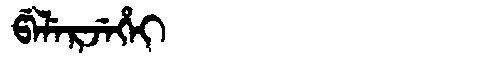
Manchu: ᡦᡝᠯᡝᡵᠵᡝᡥᡝᡳ
Romanization: PELERJEHEI